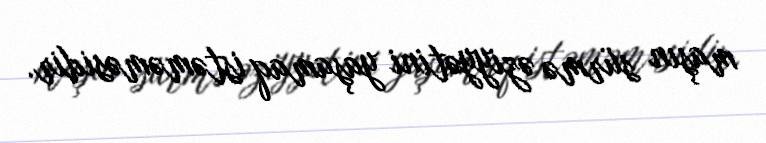
maşın sürmə əziyyətini yaşamaq istəməməsidir.